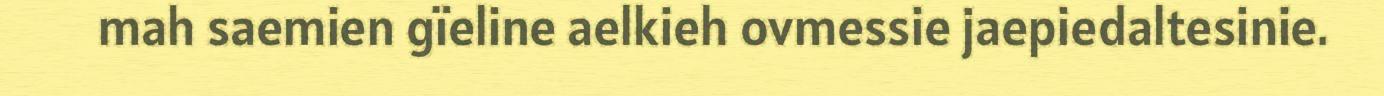
mah saemien gïeline aelkieh ovmessie jaepiedaltesinie.